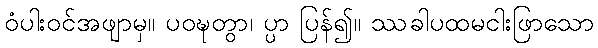
ဝံပါးဝင်အဖျာမှ။ ပဝဍ္ဎတွာ၊ ပ္ပာ ပြန်၍။ ဿခါပထမငါးဖြာသော